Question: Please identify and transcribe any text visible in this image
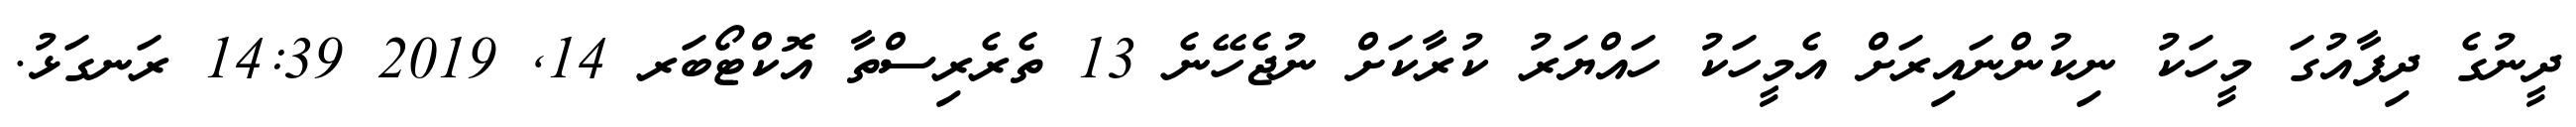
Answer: ދީނުގެ ދިފާއުގަ މީހަކު ނިކުންނައިރަށް އެމީހަކު ހައްޔަރު ކުރާކަށް ނުޖެހޭނެ 13 ތެރެރިސްތާ އޮކްޓޯބަރ 14, 2019 14:39 ރަނގަޅު.